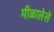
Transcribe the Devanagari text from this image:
मीळालेले